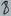
Text: 1